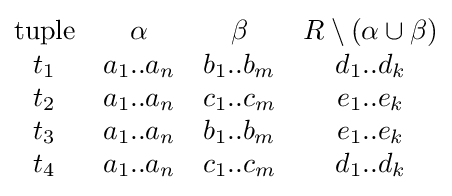
{\begin{matrix}{\text{tuple}}&\alpha &\beta &R\setminus (\alpha \cup \beta )\\t_{1}&a_{1}..a_{n}&b_{1}..b_{m}&d_{1}..d_{k}\\t_{2}&a_{1}..a_{n}&c_{1}..c_{m}&e_{1}..e_{k}\\t_{3}&a_{1}..a_{n}&b_{1}..b_{m}&e_{1}..e_{k}\\t_{4}&a_{1}..a_{n}&c_{1}..c_{m}&d_{1}..d_{k}\end{matrix}}